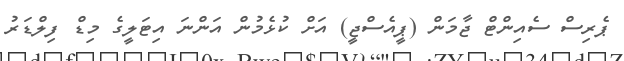
ޕެރިސް ސެއިންޓް ޖާމަން (ޕީއެސްޖީ) އަށް ކުޅެމުން އަންނަ އިޓަލީގެ މިޑް ފިލްޑަރު